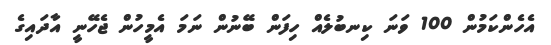
އެހެންކަމުން 100 ވަނަ ކިނބުލެއް ހިފަން ބޭނުން ނަމަ އެމީހުން ޖެހޭނީ އާދައިގެ